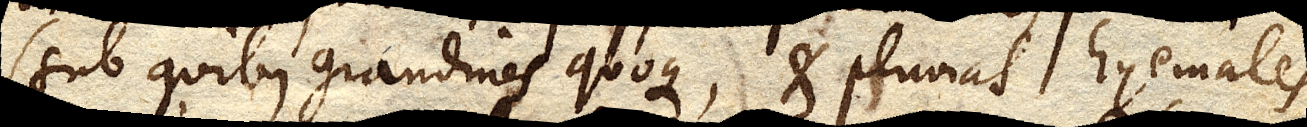
(sub quibus grandines quoque, et pluvias hyemales